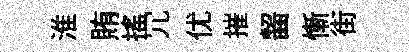
淮賄揺冗优摧齧慚街